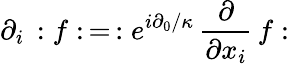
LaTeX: \partial_{i}\, :f:\, =\, :e^{i\partial_{0}/\kappa}\, \frac{\partial}{\partial x_{i}}\, f: